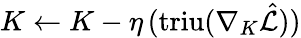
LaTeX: K\gets K-\eta\, (\mathrm{triu}(\nabla_{K}\hat{\mathcal{L}}))